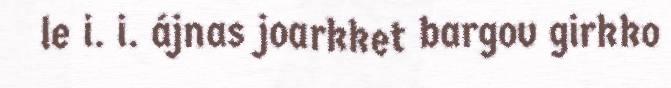
le i. i. ájnas joarkket bargov girkko